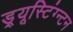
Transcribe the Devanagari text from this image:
ड्र्यूस्टिंग्न्टन